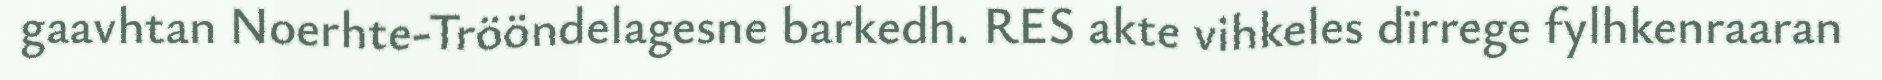
gaavhtan Noerhte-Trööndelagesne barkedh. RES akte vihkeles dïrrege fylhkenraaran